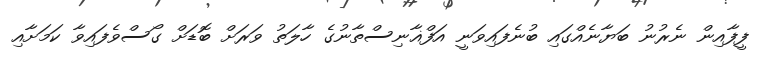
ފީފާއިން ނެރުނު ބަޔާނެއްގައި ބުނެފައިވަނީ އަފްޣާނިސްތާނުގެ ހާލަތު ވަރަށް ބޮޑަށް ގޯސްވެފައިވާ ކަމަށާއި